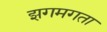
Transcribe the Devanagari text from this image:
झगमगता